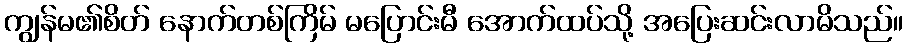
ကျွန်မ၏စိတ် နောက်တစ်ကြိမ် မပြောင်းမီ အောက်ထပ်သို့ အပြေးဆင်းလာမိသည်။